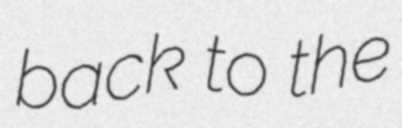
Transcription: back to the